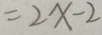
= 2 x - 2